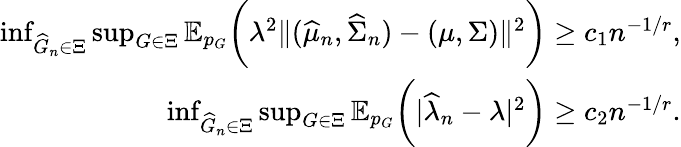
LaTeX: \begin{array}{r}{\operatorname*{inf}_{\widehat{G}_{n}\in\Xi}\operatorname*{sup}_{G\in\Xi}\mathbb{E}_{p_{G}}\biggr(\lambda^{2}\| (\widehat{\mu}_{n},\widehat{\Sigma}_{n})-(\mu,\Sigma)\| ^{2}\biggr)\geq c_{1}n^{-1/r},}\\ {\operatorname*{inf}_{\widehat{G}_{n}\in\Xi}\operatorname*{sup}_{G\in\Xi}\mathbb{E}_{p_{G}}\biggr(|\widehat{\lambda}_{n}-\lambda|^{2}\biggr)\geq c_{2}n^{-1/r}.}\end{array}